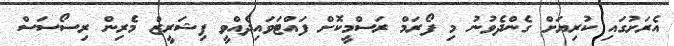
އެރަށުގައި ކުރިޔަށް ގެންދެވުނު މި ފޯރަމް ރަސްމީކޮށް ފައްޓަވައިދެއްވީ ފިޝަރީޒް މެރިން ރިސޯސަސް